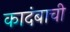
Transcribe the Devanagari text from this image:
कादंबाची